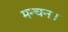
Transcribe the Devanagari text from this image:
मन्चन।